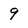
Character: 9